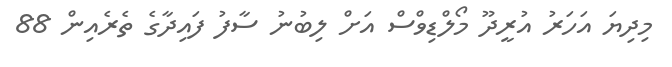
މިދިޔަ އަހަރު އުރީދޫ މޯލްޑިވްސް އަށް ލިބުނު ސާފު ފައިދާގެ ތެރެއިން 88